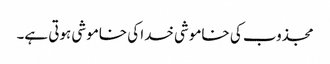
مجذوب کی خاموشی خدا کی خاموشی ہوتی ہے۔